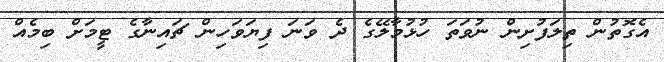
އެގޮތުން ތިލަފުށިން ނުވަތަ ހުޅުމާލޭގެ ދެ ވަނަ ފިޔަވަހިން ޗައިނާގެ ޓީމަށް ބިމެއް